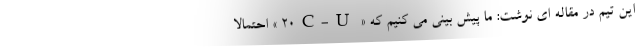
این تیم در مقاله ای نوشت: ما پیش بینی می کنیم که « ۲۰C-U » احتمالا